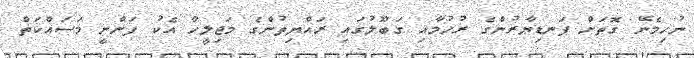
ނުހިމެނޭ ގޮތަށް ފަނޑިޔާރުންގެ ރުހުމާއި ގަބޫލުގައި ރައްޔިތުންގެ މަޖިލީހާ އެކު ފަންނީ މަސައްކަތް